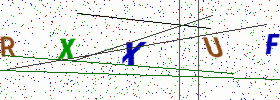
Text: RXXUF